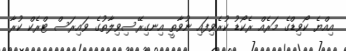
އިއްޔެ ކޯވިޑްގެ މަރެއް ރެކޯޑު ކުރެވިފައި ނުވާތީ އިނގިރޭސިވިލާތުގެ ވައިރަސް ޓްރެކް ކުރާ